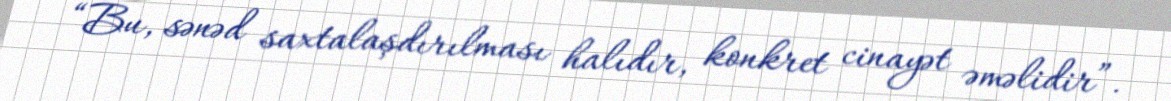
“Bu, sənəd saxtalaşdırılması halıdır, konkret cinayət əməlidir”.